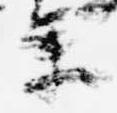
参